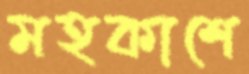
মহকাশে